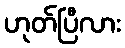
ဟုတ်ပြီလား